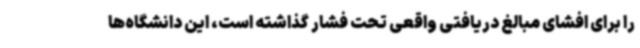
را برای افشای مبالغ دریافتی واقعی تحت فشار گذاشته است، این دانشگاه‌ها